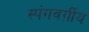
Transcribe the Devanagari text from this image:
स्पंगवर्ग़ीय